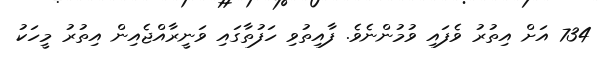
734 އަށް އިތުރު ވެފައި ވުމުންނެވެ. ފާއިތުވި ހަފުތާގައި ވަނީރާއްޖެއިން އިތުރު މީހަކު